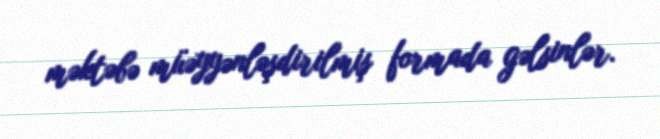
məktəbə müəyyənləşdirilmiş formada gəlsinlər.